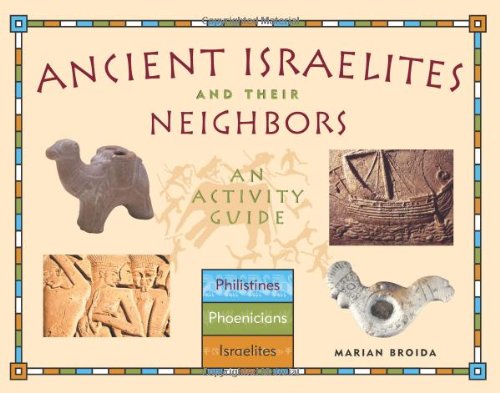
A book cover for Ancient Israelites and Their Neighbors: An Activity Guide; Marian Broida; Children's Books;